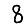
Digit: 8